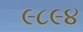
૯૮૯૪